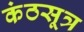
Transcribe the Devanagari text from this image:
कंठसूत्र